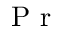
\mathrm { ~ \textit ~ { ~ P ~ r ~ } ~ }